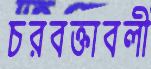
চরবক্তাবলী